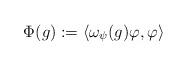
LaTeX: \begin{align*} \Phi(g) := \langle \omega_\psi(g) \varphi, \varphi \rangle\end{align*}